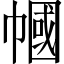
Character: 幗